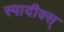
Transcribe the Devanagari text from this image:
स्पादीक्स्